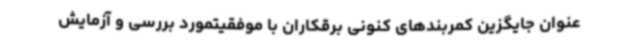
عنوان جایگزین کمربندهای کنونی برقکاران با موفقیتمورد بررسی و آزمایش